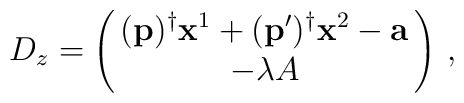
D_z = \left( \begin{array}{@{\,}c@{\,}} (\mathbf{p})^{\dagger}\mathbf{x}^1 +(\mathbf{p}^{\prime})^{\dagger}\mathbf{x}^2 -\mathbf{a}\\   -\lambda A     \end{array}  \right)\,,